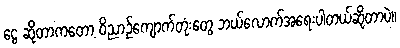
ငွေ ဆိုတာကတော့ ဝိညာဥ်ကျောက်တုံးတွေ ဘယ်လောက်အရေးပါတယ်ဆိုတာပဲ။